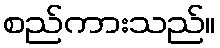
စည်ကားသည်။